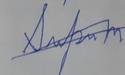
Signature authenticity: forged